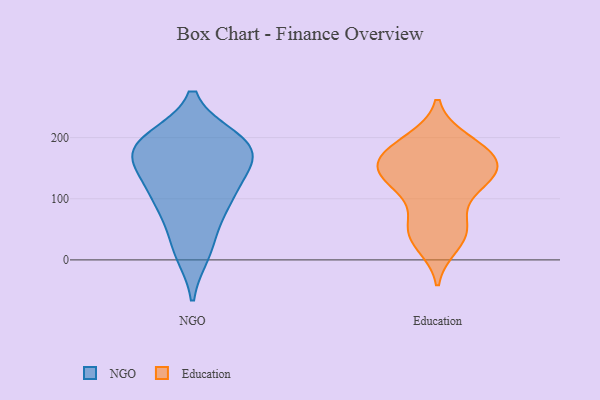
{"axis": {"x": "Latency (ms)", "y": "Value"}, "legend": ["Education", "NGO"], "data": [{"x": "", "y": 22, "type": "NGO"}, {"x": "", "y": 176, "type": "NGO"}, {"x": "", "y": 191, "type": "NGO"}, {"x": "", "y": 99, "type": "NGO"}, {"x": "", "y": 157, "type": "NGO"}, {"x": "", "y": 90, "type": "NGO"}, {"x": "", "y": 79, "type": "NGO"}, {"x": "", "y": 12, "type": "NGO"}, {"x": "", "y": 129, "type": "NGO"}, {"x": "", "y": 134, "type": "NGO"}, {"x": "", "y": 183, "type": "NGO"}, {"x": "", "y": 179, "type": "NGO"}, {"x": "", "y": 193, "type": "NGO"}, {"x": "", "y": 197, "type": "NGO"}, {"x": "", "y": 195, "type": "Education"}, {"x": "", "y": 152, "type": "Education"}, {"x": "", "y": 120, "type": "Education"}, {"x": "", "y": 25, "type": "Education"}, {"x": "", "y": 126, "type": "Education"}, {"x": "", "y": 151, "type": "Education"}, {"x": "", "y": 43, "type": "Education"}, {"x": "", "y": 37, "type": "Education"}, {"x": "", "y": 56, "type": "Education"}, {"x": "", "y": 139, "type": "Education"}, {"x": "", "y": 62, "type": "Education"}, {"x": "", "y": 192, "type": "Education"}, {"x": "", "y": 156, "type": "Education"}, {"x": "", "y": 174, "type": "Education"}, {"x": "", "y": 166, "type": "Education"}, {"x": "", "y": 114, "type": "Education"}, {"x": "", "y": 145, "type": "Education"}, {"x": "", "y": 184, "type": "Education"}]}